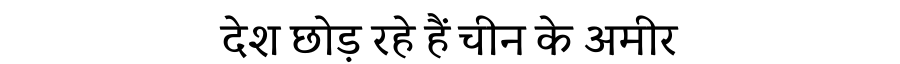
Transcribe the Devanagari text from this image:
देश छोड़ रहे हैं चीन के अमीर